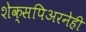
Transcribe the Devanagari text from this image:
शेक्सपिअरनेही